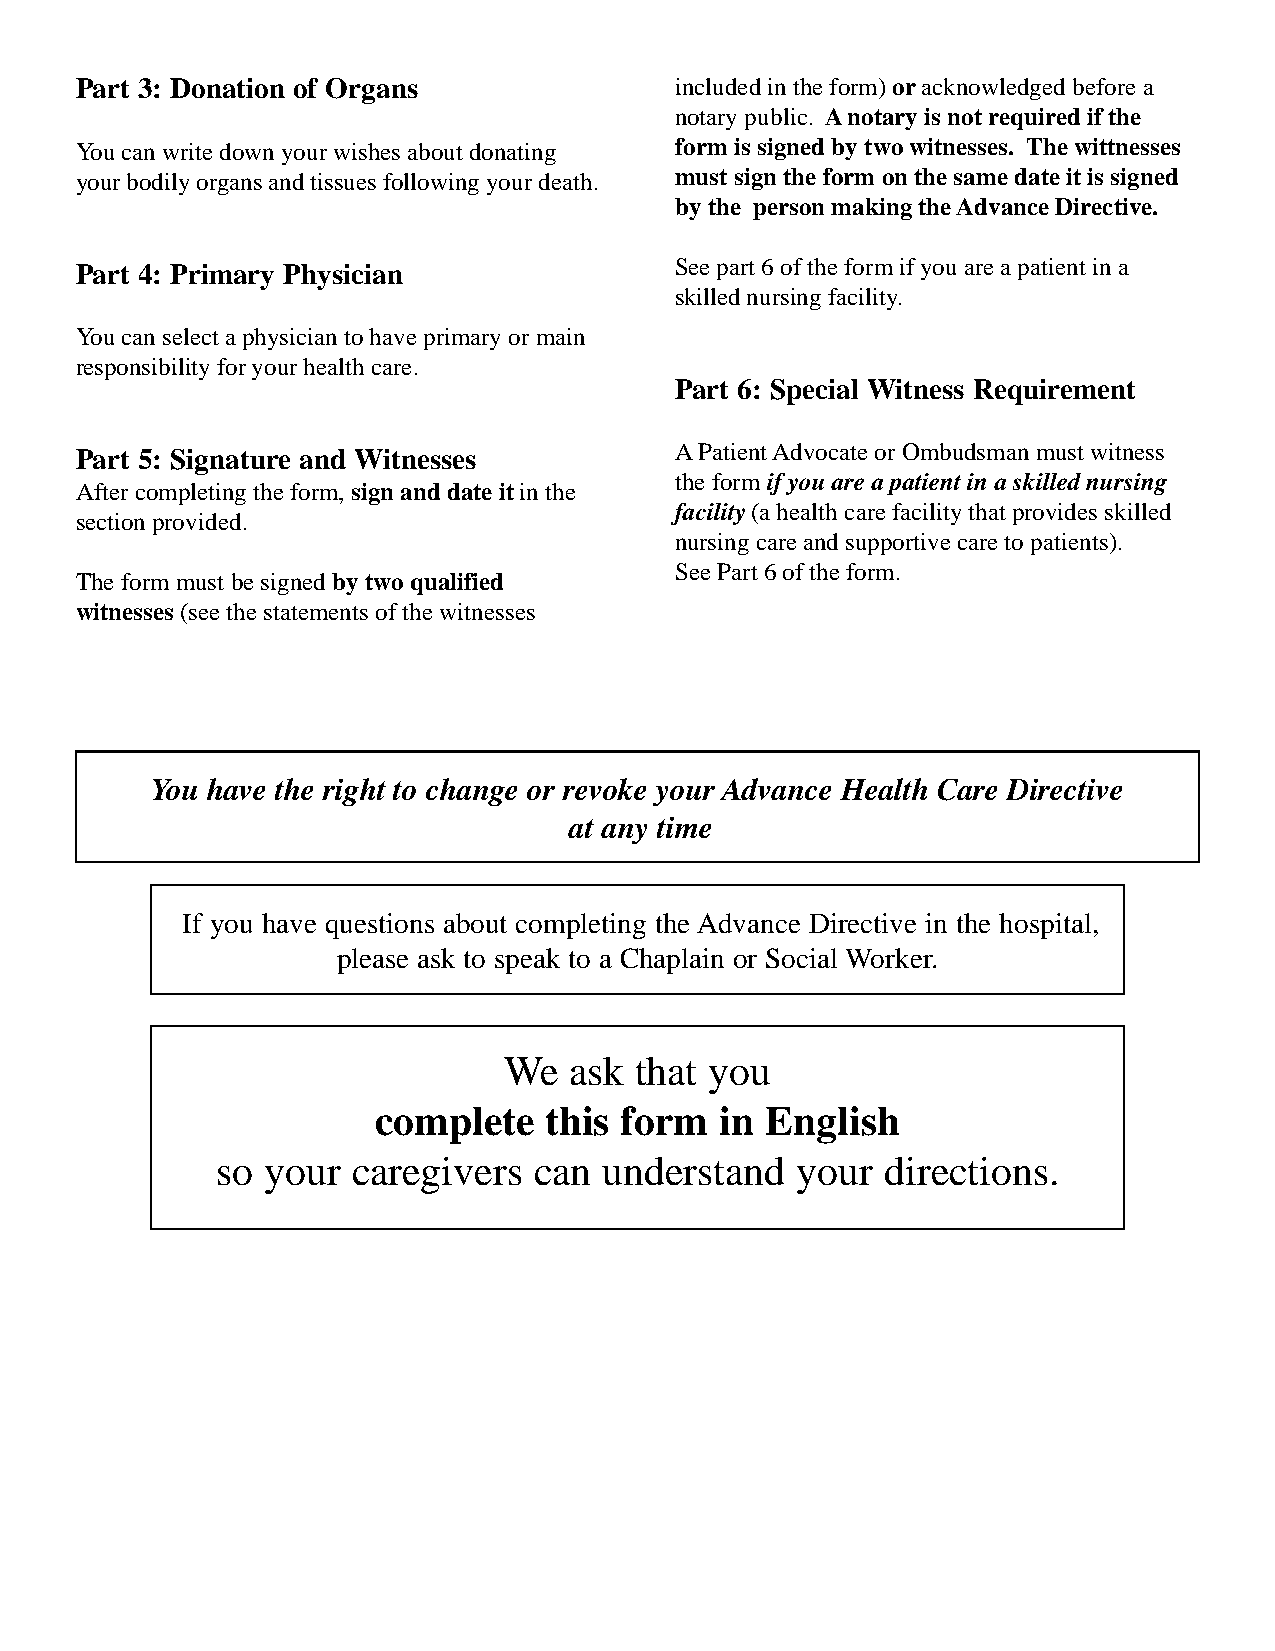
Part 3: Donation of Organs              included in the form) or acknowledged before a
 notary public. A notary is not required if the
 You can write down your wishes about donating form is signed by two witnesses. The wittnesses
 your bodily organs and tissues following your death. must sign the form on the same date it is signed
 by the person making the Advance Directive.
 Part 4: Primary Physician               See part 6 of the form if you are a patient in a
 skilled nursing facility.
 You can select a physician to have primary or main
 responsibility for your health care.
 Part 6: Special Witness Requirement
 Part 5: Signature and Witnesses         A Patient Advocate or Ombudsman must witness
 the form if you are a patient in a skilled nursing
 After completing the form, sign and date it in the
 facility (a health care facility that provides skilled
 section provided.
 nursing care and supportive care to patients).
 See Part 6 of the form.
 The form must be signed by two qualified
 witnesses (see the statements of the witnesses
 You have the right to change or revoke your Advance Health Care Directive
 at any time
 If you have questions about completing the Advance Directive in the hospital,
 please ask to speak to a Chaplain or Social Worker.
 We   ask that you
 complete   this form   in English
 so your  caregivers  can  understand   your  directions.